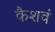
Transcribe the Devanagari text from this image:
कैशवं